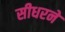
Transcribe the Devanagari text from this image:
सीधरने